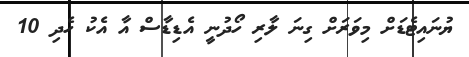
ޔުނައިޓެޑަށް މިވަރަށް ގިނަ ލާރި ހޯދުނީ އެޑިޑާސް އާ އެކު ހެދި 10